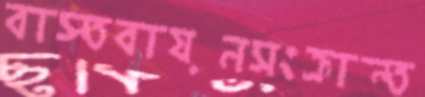
বাস্তবায়নসংক্রান্ত